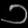
Digit: ၁